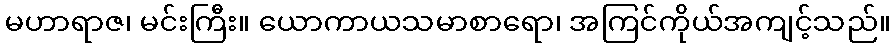
မဟာရာဇ၊ မင်းကြီး။ ယောကာယသမာစာရော၊ အကြင်ကိုယ်အကျင့်သည်။